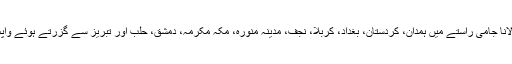
اِس سفر میں مولانا جامی راستے میں ہمدان، کردستان، بغداد، کربلا، نجف، مدینہ منورہ، مکہ مکرمہ، دمشق، حلب اور تبریز سے گزرتے ہوئے واپس خراسان آئے۔